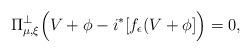
LaTeX: \begin{align*}\Pi^{\bot}_{ \mu,\xi}\Big(V+\phi-i^*[ f_\epsilon(V+\phi ]\Big)=0,\end{align*}